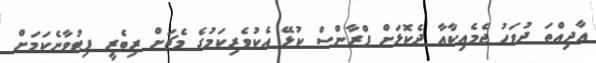
އާދިއްތަ ދުވަހު ޖެމެއިކާއާ ދެކޮޅަށް ފްރާންސް ކުޅޭ އެކުވެރިކަމުގެ މެޗަށް ރިބެރީ ފިޓުވާނެކަމަށް